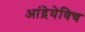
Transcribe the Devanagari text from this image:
आंद्रेयेविच